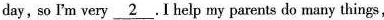
day,so I'm very\underline{2} .I help my parents do many things,